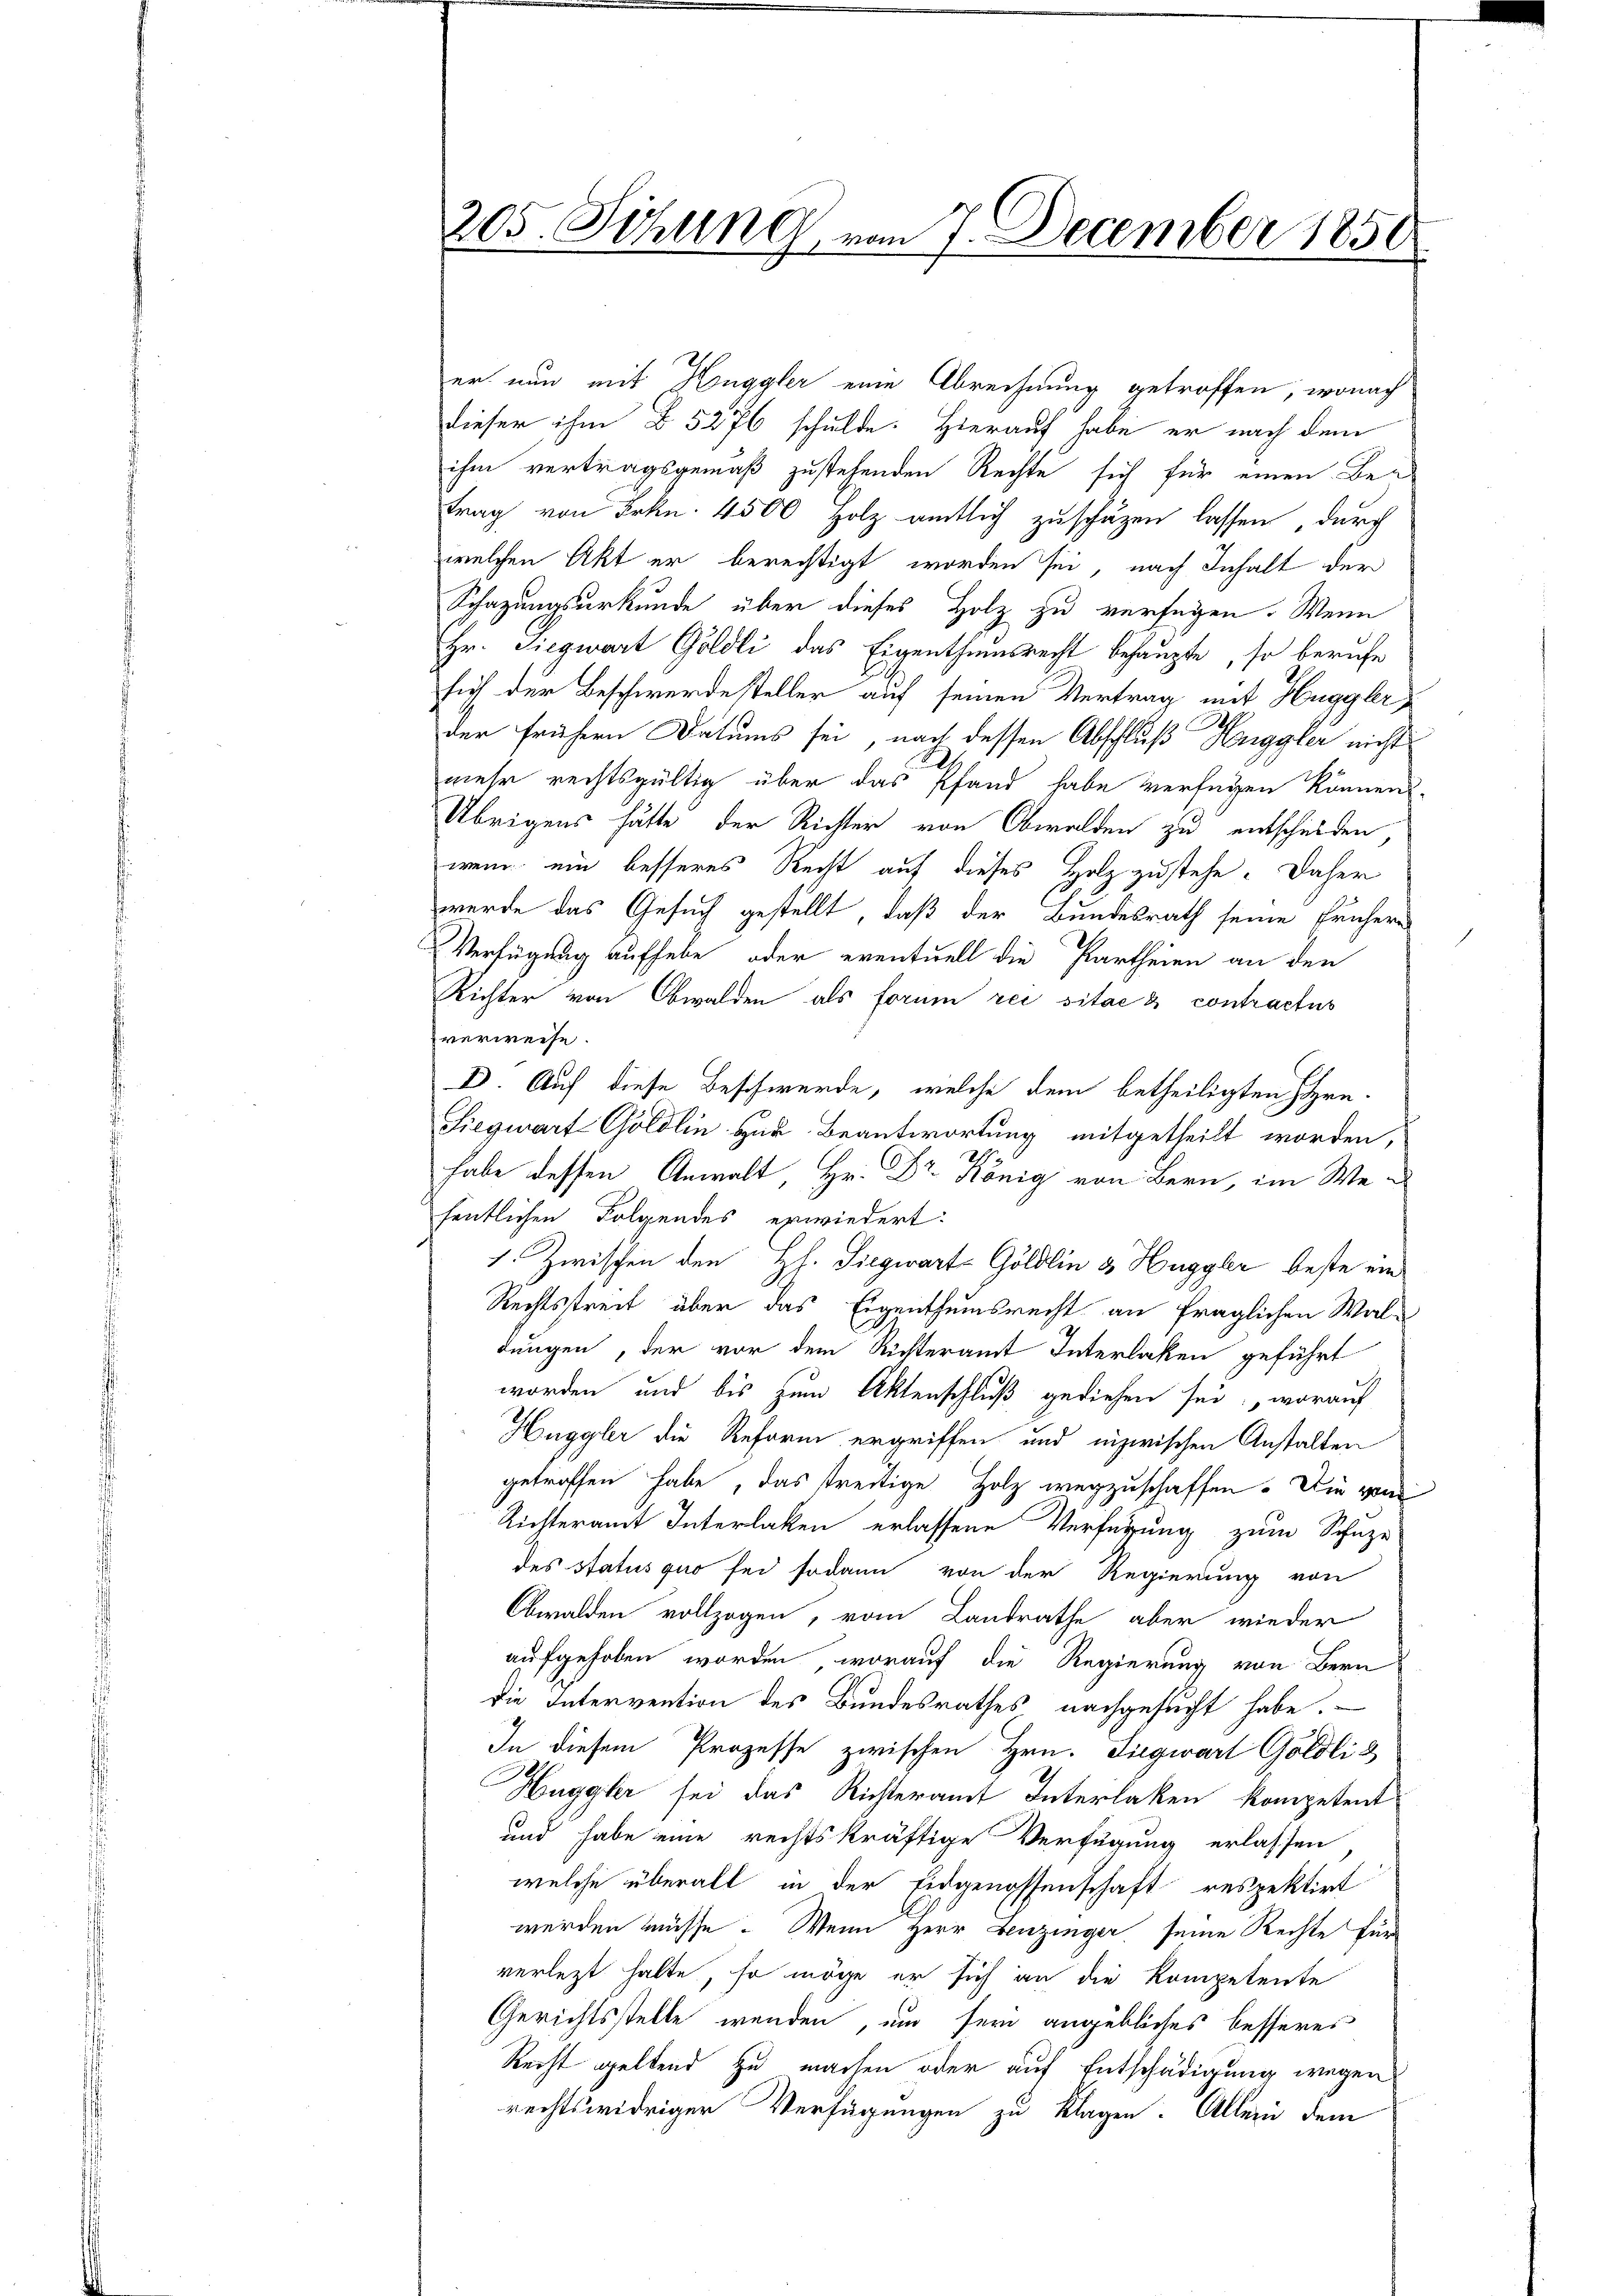
205. Sitzung vom 7. December 1850

er nun mit Henggler eine Abrechnung getroffen, wonach
dieser ihm §. 5276 schulde. Hierauf habe er nach dem
ihm vertragsgemäß zustehenden Rechte sich für einen Beitrag von Frkn. 4500 Holz amtlich zuschäzen lassen, durch
welchen Akt er berechtigt worden sei, nach Inhalt der
Schazungsurkunde über dieses Holz zu verfügen. Wenn
Hr. Siegwart Göldli das Eigenthumsrecht behaupte, so berufe
sich der Beschwerdesteller auf seinen Vertrag mit Huggler
1
der frühern Datums sei, nach dessen Abschluß weggler nicht
mehr rechtsgültig über das Pfand habe verfügen können.
Übrigens hätte der Richter von Obwalden zu entschieden,
wenn ein besseres Recht auf dieses Holz zustehe. Daher
werde das Gesuch gestellt, daß der Bundesrath seine frühern
1
Verfügung aufhebe, oder eventuell die Partheien an den
Richter von Obwalden als forum reisitae 2 contractus
verweise.
D. Auf diese Beschwerde, welche dem betheiligten Hrn.
Siegwart Göldlin. Heu- Beantwortung mitgetheilt worden,
habe dessen Anwalt, Hr. Dr. König von Bern im Wefentlichen Folgendes erwiedert:
1. Zwischen den H. Siegwart-Göldlin & Huggler beste ein
Rechtsstreit über das Eigenthumsrecht an fraglichen Waldungen, der vor dem Richteramt Interlaken geführt
worden und bis zum Aktenschluß gediehen sei, worauf
Huggler die Reform ergriffen und inzwischen Anstalten
getroffen habe, das streitige Holz wegzuschaffen. Die von
Richteramt Interlaken erlassene Verfügung zum Schaze
des Status quo sei sodann von der Regierung von
Obwalden vollzogen, vom Landrathe aber wieder
aufgehoben worden, worauf die Regierung von Bern
die Intervention des Bundesrathes nachgesucht habe.
In diesem Prozesse zwischen Hrn. Siegwart Göldli &
Huggler sei das Richteramt Interlaken kompetent
und habe eine rechtskräftige Verfügung erlassen
welche überall in der Eidgenossenschaft respektirt
werden müsse. Wenn Herr Lenzinger, seine Rechte für
verletzt halte, so möge er sich an die Kompetente
Gerichtsstelle wenden, um seri angebliches besseres
Recht geltend zu machen oder auf Entschädigung wegen
rechtswidriger Verfügungen zu klagen. Allein dem